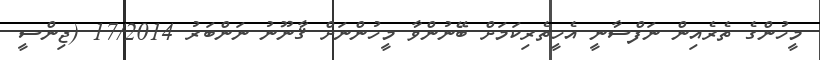
މީހުންގެ ތެރެއިން ނަފްސާނީ އެހީތެރިކަމަށް ބޭނުންވާ މީހުންނަށް ޤާނޫނު ނަންބަރު 17/2014 (ޖިންސީ